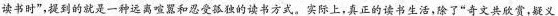
读书时”，提到的就是一种远离喧嚣和忍受孤独的读书方式。实际上，真正的读书生活，除了”奇文共欣赏，疑义